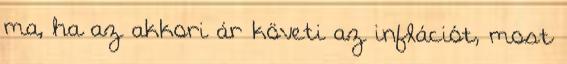
ma, ha az akkori ár követi az inflációt, most